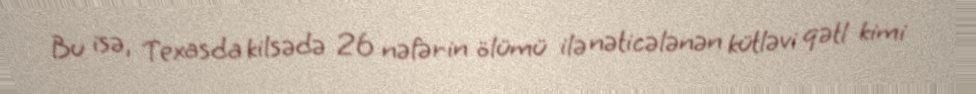
Bu isə, Texasda kilsədə 26 nəfərin ölümü ilə nəticələnən kütləvi qətl kimi